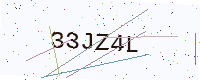
Text: 33JZ4L